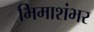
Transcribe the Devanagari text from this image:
भिमाशंभर